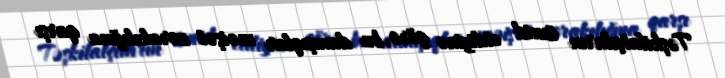
Təşkilatçıların ümid etdiyinə görə, bu danışıqlar məişət zorakılığına qarşı